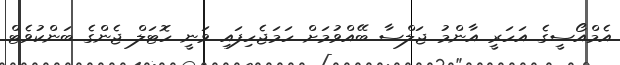
އެމްއޯސީގެ އަހަރީ އާންމު ޖަލްސާ ބޭއްވުމަށް ހަމަޖެހިފައި ވަނީ ހޮޓަލް ޖެންގެ ބަންކުވެޓް